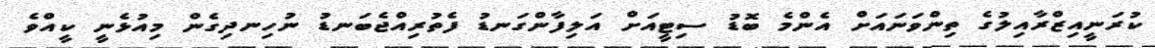
ކުރަނީއިޒްރާއިލުގެ ތިންވަނައަށް އެންމެ ބޮޑު ސިޓީއަށް އަލިފާންގަނޑު ފެތުރިއްޖެބަނޑު ނުހިނދިގެން މިއުޅެނީ ކީއްވެ